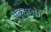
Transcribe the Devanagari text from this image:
प्रक्रमभंग